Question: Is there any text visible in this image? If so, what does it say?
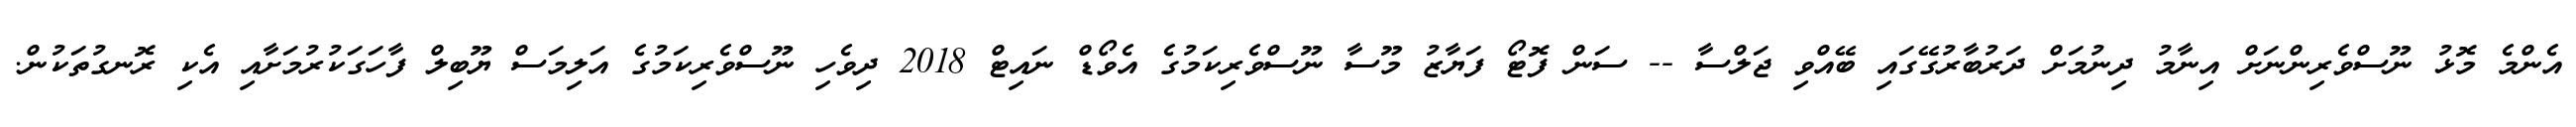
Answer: އެންމެ މޮޅު ނޫސްވެރިންނަށް އިނާމު ދިނުމަށް ދަރުބާރުގޭގައި ބޭއްވި ޖަލްސާ -- ސަން ފޮޓޯ ފަޔާޒު މޫސާ ނޫސްވެރިކަމުގެ އެވޯޑް ނައިޓް 2018 ދިވެހި ނޫސްވެރިކަމުގެ އަލިމަސް ޔޫބިލް ފާހަގަކުރުމަށާއި އެކި ރޮނގުތަކުން.